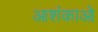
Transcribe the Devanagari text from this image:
आशंकाओ